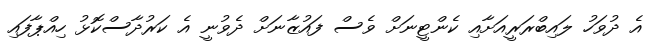
އެ ދުވަހު ލައިބްރަރީއަށާއި ކެންޓީނަށް ވެސް ފައުޒާނަށް ދެވުނީ އެ ކަރުދާސްކޮޅު ހިއްޕާފައި